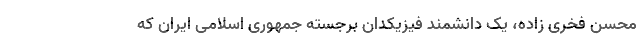
محسن فخری زاده، یک دانشمند فیزیکدان برجسته جمهوری اسلامی ایران که